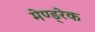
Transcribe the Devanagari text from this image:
मेण्ड्रेक